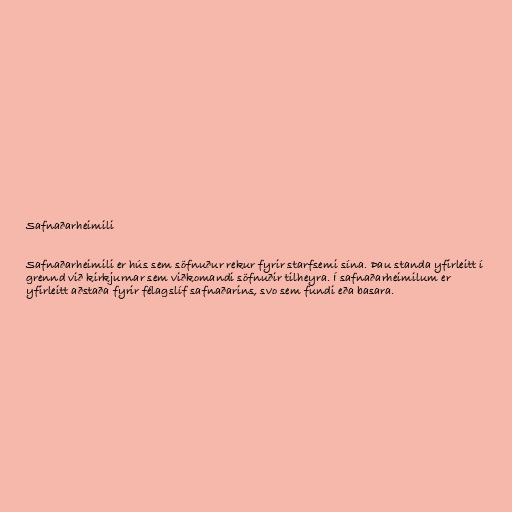
Safnaðarheimili

Safnaðarheimili er hús sem söfnuður rekur fyrir starfsemi sína. Þau standa yfirleitt í
grennd við kirkjurnar sem viðkomandi söfnuðir tilheyra. Í safnaðarheimilum er
yfirleitt aðstaða fyrir félagslíf safnaðarins, svo sem fundi eða basara.